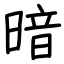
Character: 暗